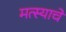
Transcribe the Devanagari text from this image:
मत्स्याचे